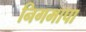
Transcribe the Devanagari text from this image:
निगमापा